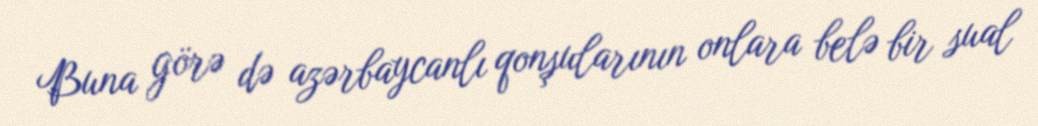
Buna görə də azərbaycanlı qonşularının onlara belə bir sual